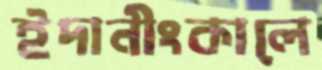
ইদানীংকালে